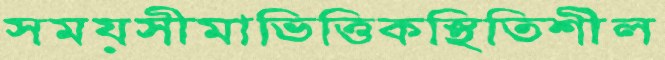
সময়সীমাভিত্তিকস্থিতিশীল